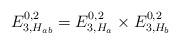
LaTeX: \begin{align*} E_{3, H_{ab}}^{0,2}= E_{3, H_a}^{0,2} \times E_{3, H_b}^{0,2}\end{align*}